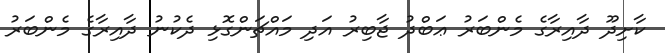
ކާށިދޫ ދާއިރާގެ މެންބަރު ޢަބްދު ޖާބިރު އަދި މައްޗަންގޮޅި ދެކުނު ދާއިރާގެ މެންބަރު